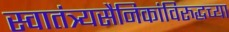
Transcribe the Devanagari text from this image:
स्वातंत्र्यसैनिकांविरुद्धच्या